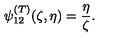
\psi _ { 1 2 } ^ { ( T ) } ( \zeta , \eta ) = \frac { \eta } { \zeta } .